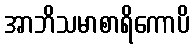
အာဘိသမာစာရိကောပိ